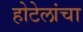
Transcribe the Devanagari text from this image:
होटेलांचा